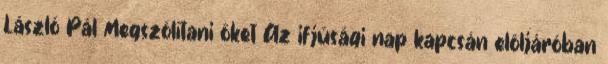
László Pál Megszólítani őket Az ifjúsági nap kapcsán elöljáróban